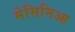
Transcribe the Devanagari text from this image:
मेसिनिआ